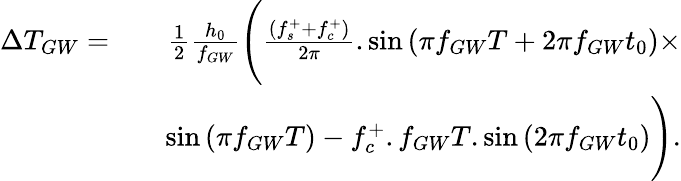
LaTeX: \begin{array}{rlr}{\Delta T_{GW}=}&{}&{\frac{1}{2}\frac{h_{0}}{f_{GW}}\Biggl(\frac{(f_{s}^{+}+f_{c}^{+})}{2\pi}.\sin{(\pi f_{GW}T+2\pi f_{GW}t_{0})}\times}\\ &{}&{\sin{(\pi f_{GW}T)}-f_{c}^{+}.f_{GW}T.\sin{(2\pi f_{GW}t_{0})\Biggr)}.}\end{array}